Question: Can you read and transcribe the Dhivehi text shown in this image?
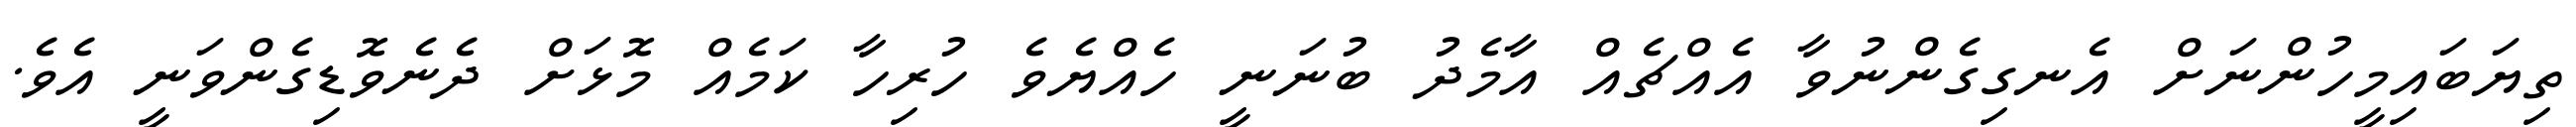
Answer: ތިޔަބައިމީހުންނަށް އެނގިގެންނުވާ އެއްޗެއް އާމެދު ބުނަނީ ހެއްޔެވެ ހުރިހާ ކަމެއް މޮޅަށް ދެނެވޮޑިގެންވަނީ އެވެ.